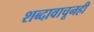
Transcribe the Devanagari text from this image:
शब्दावाचूनही